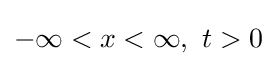
-\infty <x<\infty ,\,\,t>0